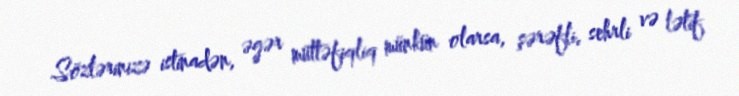
Sözlərinizə istinadən, əgər müttəfiqliq münkün olarsa, şərəfli, sehrli və lətif